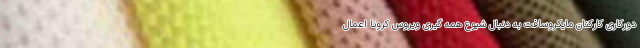
دورکاری کارکنان مایکروسافت به دنبال شیوع همه گیری ویروس کرونا اعمال